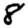
Digit: 8